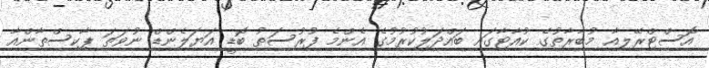
އޮސްޓްރޭލިއާ މުބާރާތުގެ ކުއާޓާގައި ބައްދަލުކުރުމުގެ އެންމެ ފުރުސަތު ބޮޑީ އަޔަލެންޑް ނުވަތަ ޕާކިސްތާންއާ